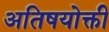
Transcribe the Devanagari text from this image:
अतिषयोक्ती